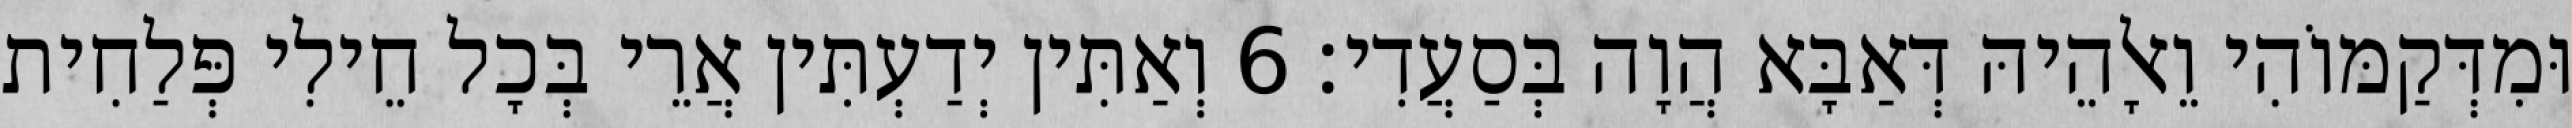
וּמִדְּקַמּוֹהִי וֵאלָהֵיהּ דְּאַבָּא הֲוָה בְּסַעֲדִי׃ 6 וְאַתִּין יְדַעְתִּין אֲרֵי בְּכָל חֵילִי פְּלַחִית